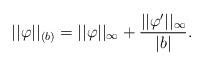
LaTeX: \begin{align*} ||\varphi||_{(b)} = ||\varphi||_\infty + \frac{||\varphi'||_{\infty}}{|b|}.\end{align*}